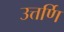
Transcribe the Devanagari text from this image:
उत्तर्णि